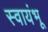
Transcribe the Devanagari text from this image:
स्वायंभू